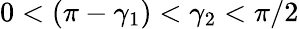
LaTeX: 0<(\pi-\gamma_{1})<\gamma_{2}<\pi/2